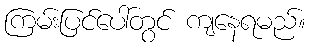
ကြမ်းပြင်ပေါ်တွင် ကျနေရမည်။